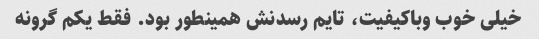
خیلی خوب وباکیفیت، تایم رسدنش همینطور بود. فقط یکم گرونه